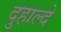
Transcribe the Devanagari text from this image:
दुहाल्दे